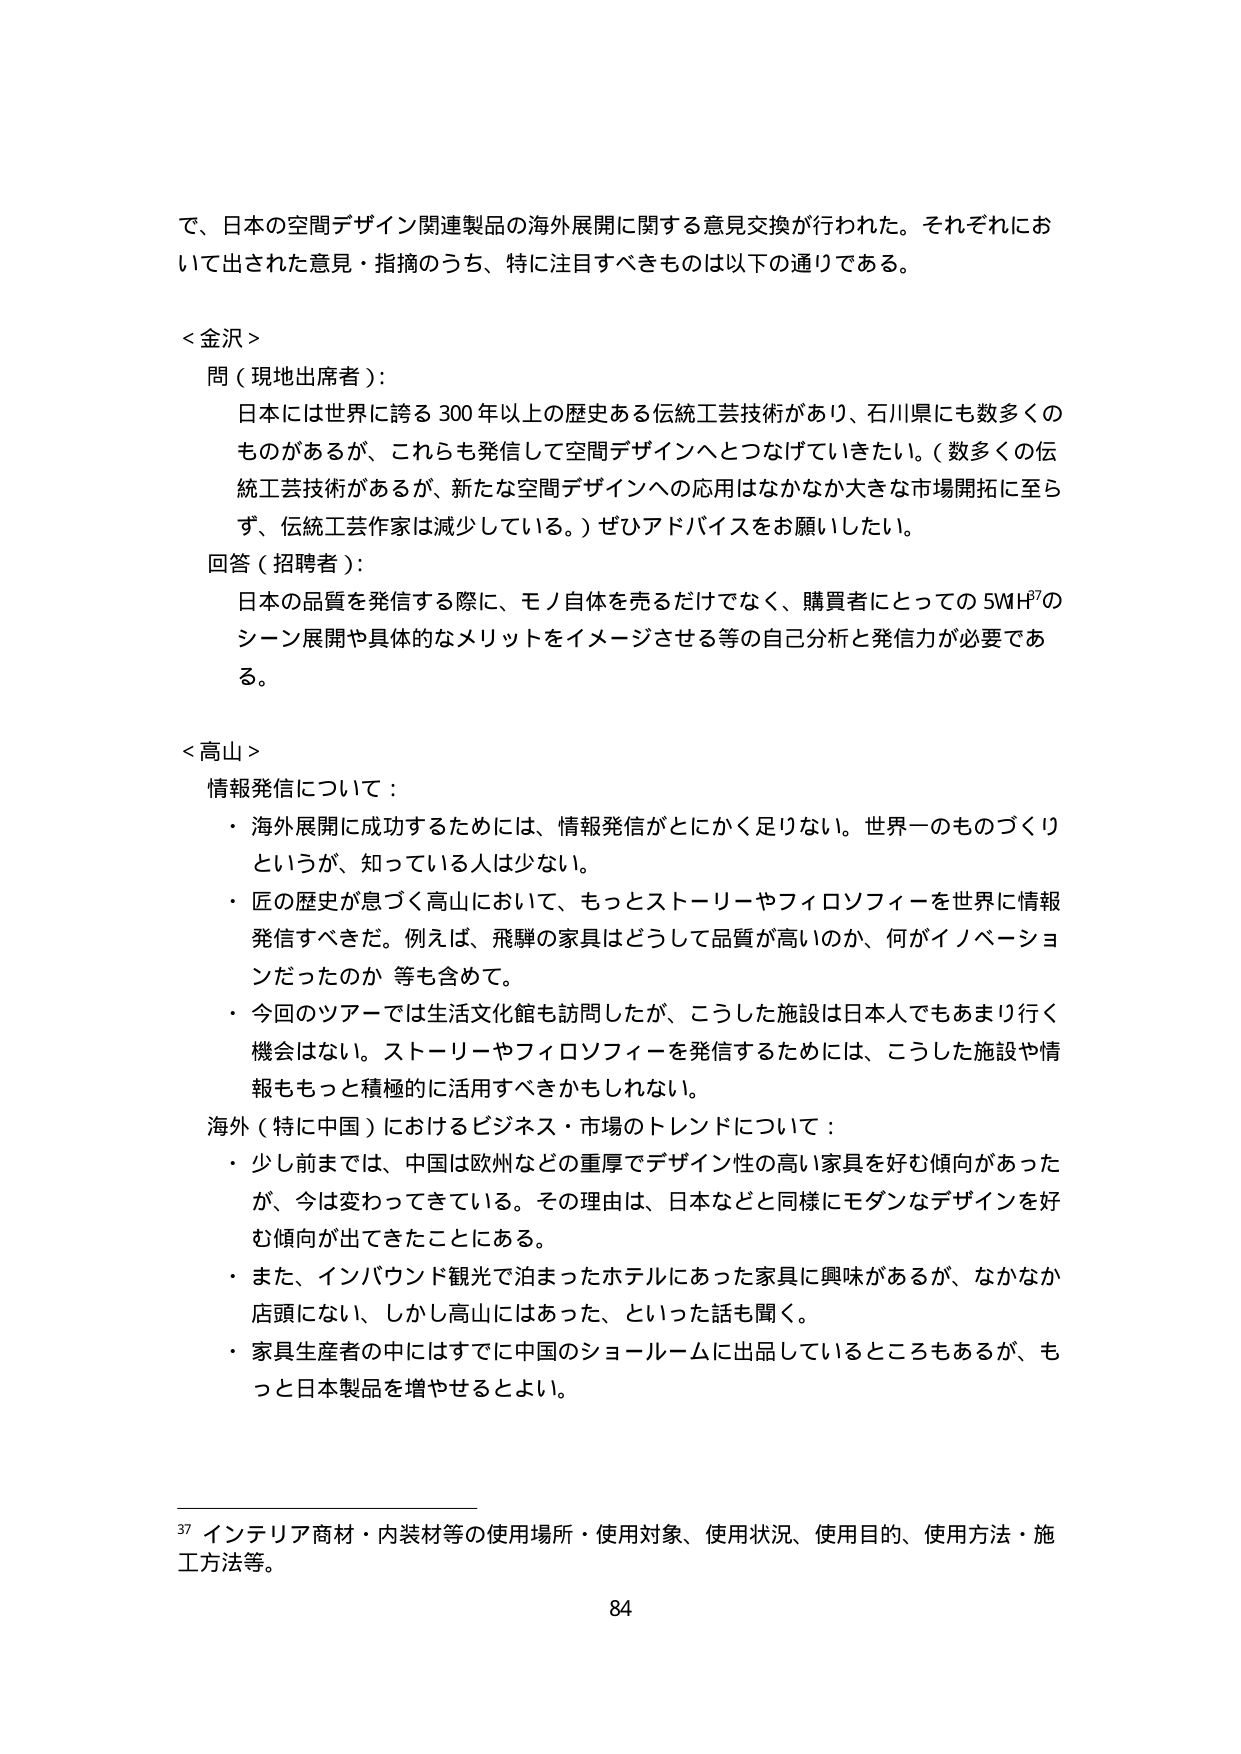
で、日本の空間デザイン関連製品の海外展開に関する意見交換が行われた。それぞれにおいて出された意見・指摘のうち、特に注目すべきものは以下の通りである。

＜金沢＞
問（現地出席者）：
日本には世界に誇る300年以上の歴史ある伝統工芸技術があり、石川県にも数多くのものがあるが、これらも発信して空間デザインへとつなげていきたい。（数多くの伝統工芸技術があるが、新たな空間デザインへの応用はなかなか大きな市場開拓に至らず、伝統工芸作家は減少している。）ぜひアドバイスをお願いしたい。
回答（招聘者）：
日本の品質を発信する際に、モノ自体を売るだけでなく、購買者にとっての5W1H37のシーン展開や具体的なメリットをイメージさせる等の自己分析と発信力が必要である。

＜高山＞
情報発信について：
・海外展開に成功するためには、情報発信がとにかく足りない。世界一のものづくりというが、知っている人は少ない。
・匠の歴史が息づく高山において、もっとストーリーやフィロソフィーを世界に情報発信すべきだ。例えば、飛騨の家具はどうして品質が高いのか、何がイノベーションだったのか 等も含めて。
・今回のツアーでは生活文化館も訪問したが、こうした施設は日本人でもあまり行く機会はない。ストーリーやフィロソフィーを発信するためには、こうした施設や情報ももっと積極的に活用すべきかもしれない。
海外（特に中国）におけるビジネス・市場のトレンドについて：
・少し前までは、中国は欧州などの重厚でデザイン性の高い家具を好む傾向があったが、今は変わってきたいる。その理由は、日本などと同様にモダンなデザインを好む傾向が出てきたことにある。
・また、インバウンド観光で泊まったホテルにあった家具に興味があるが、なかなか店頭にない、しかし高山にはあった、といった話を聞く。
・家具生産者の中にはすでに中国のショールームに出品しているところもあるが、もっと日本製品を増やせるといい。

37 インテリア商材・内装材等の使用場所・使用対象、使用状況、使用目的、使用方法・施工方法等。
84